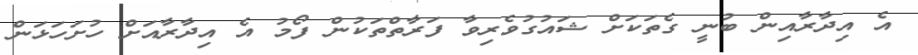
އެ އިދާރާއިން ބުނީ ގެތަކަށް ޝައުގުވެރިވާ ފަރާތްތަކުން ފޯމު އެ އިދާރާއަށް ހުށަހަޅަން